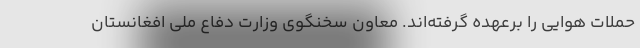
حملات هوایی را برعهده گرفته‌اند. معاون سخنگوی وزارت دفاع ملی افغانستان